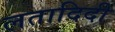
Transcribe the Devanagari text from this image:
लतादिदी